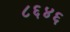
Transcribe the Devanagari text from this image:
८६४६